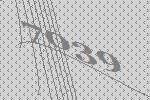
7039